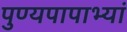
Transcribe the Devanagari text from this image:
पुण्यपापाभ्यां